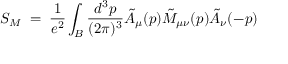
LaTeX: S _ { M } \; = \; { \frac { 1 } { e ^ { 2 } } } \int _ { \cal B } { \frac { d ^ { 3 } p } { ( 2 \pi ) ^ { 3 } } } { \tilde { A } } _ { \mu } ( p ) { \tilde { M } _ { \mu \nu } } ( p ) { \tilde { A } } _ { \nu } ( - p )